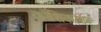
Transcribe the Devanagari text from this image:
कोशिकांतर